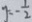
y = - \frac { 1 } { 2 }